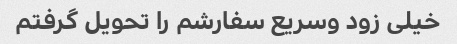
خیلی زود وسریع سفارشم را تحویل گرفتم